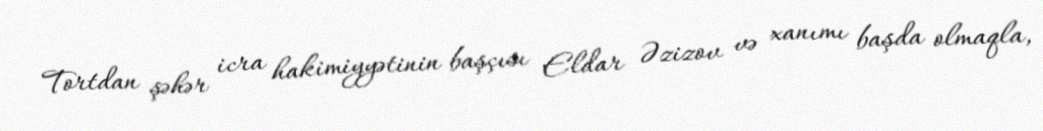
Tortdan şəhər icra hakimiyyətinin başçısı Eldar Əzizov və xanımı başda olmaqla,